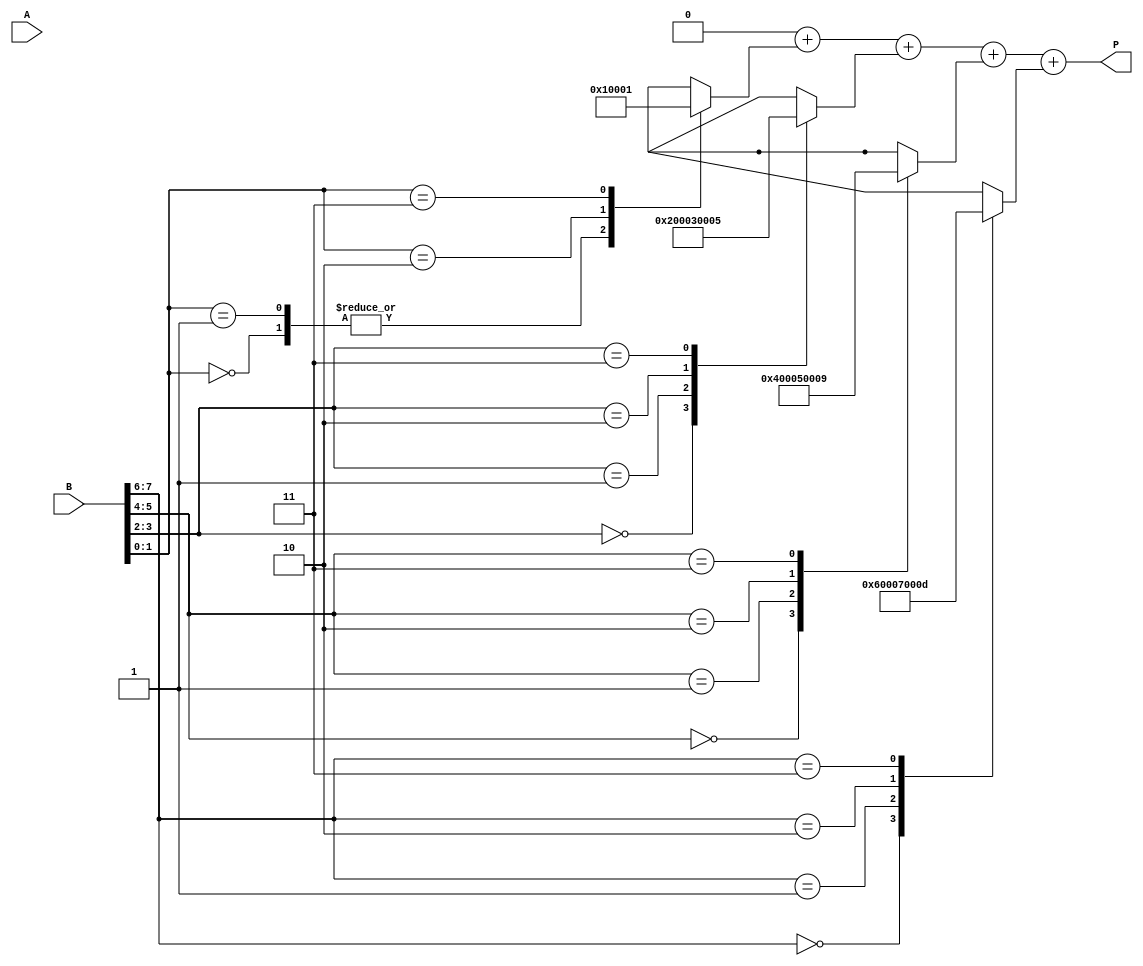
module radix4_multiplier #(parameter N = 8) (
    input [N-1:0] A,      // Multiplicand
    input [N-1:0] B,      // Multiplier
    output reg [2*N-1:0] P // Product
);

    reg [2*N-1:0] partial_products [0:N/2]; // Array to hold partial products
    reg [N-1:0] B_shifted;                   // Shifted version of B
    integer i;

    always @(*) begin
        // Initialize the product to zero
        P = 0;

        // Generate partial products based on the Radix-4 Booth's algorithm
        for (i = 0; i < N/2; i = i + 1) begin
            case (B[2*i +: 2]) // Select 2 bits from B
                2'b00: partial_products[i] = 0; // 00 -> 0
                2'b01: partial_products[i] = {A, 2*i}; // 01 -> A << (2*i)
                2'b10: partial_products[i] = {A, 2*i + 1}; // 10 -> A << (2*i + 1)
                2'b11: partial_products[i] = {A, 2*i + 1} + {A, 2*i}; // 11 -> (A << (2*i + 1)) + (A << (2*i))
                default: partial_products[i] = 0;
            endcase
        end

        // Accumulate the partial products
        for (i = 0; i < N/2; i = i + 1) begin
            P = P + partial_products[i];
        end
    end

endmodule